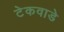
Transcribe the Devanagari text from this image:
टेकवाडे